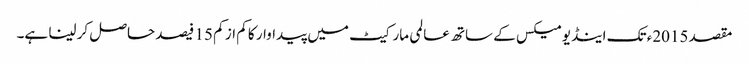
مقصد 2015ء تک اینڈیومیکس کے ساتھ عالمی مارکیٹ میں پیداوار کا کم از کم 15 فیصد حاصل کر لینا ہے۔